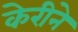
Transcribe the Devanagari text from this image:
केरीने